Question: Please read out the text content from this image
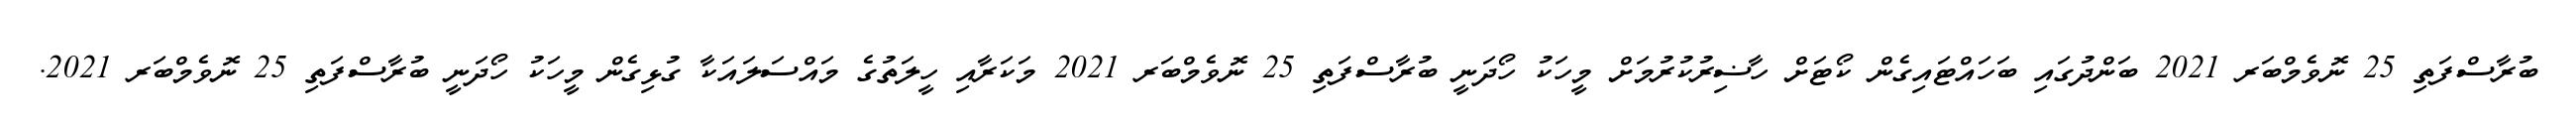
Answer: ބުރާސްފަތި 25 ނޮވެމްބަރ 2021 ބަންދުގައި ބަހައްޓައިގެން ކޯޓަށް ހާޟިރުކުރުމަށް މީހަކު ހޯދަނީ ބުރާސްފަތި 25 ނޮވެމްބަރ 2021 މަކަރާއި ހީލަތުގެ މައްސަލައަކާ ގުޅިގެން މީހަކު ހޯދަނީ ބުރާސްފަތި 25 ނޮވެމްބަރ 2021.